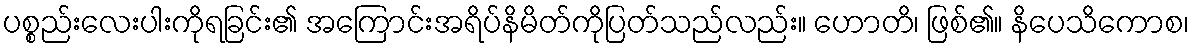
ပစ္စည်းလေးပါးကိုရခြင်း၏ အကြောင်းအရိပ်နိမိတ်ကိုပြတ်သည်လည်း။ ဟောတိ၊ ဖြစ်၏။ နိပေသိကောစ၊